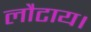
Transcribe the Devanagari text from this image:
लौटाय।